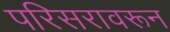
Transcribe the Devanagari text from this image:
परिसरावरून